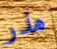
هذر